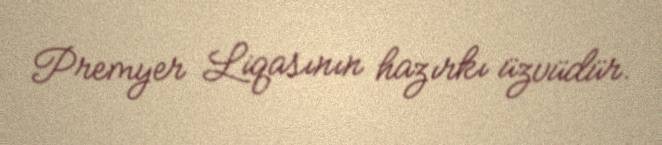
Premyer Liqasının hazırkı üzvüdür.